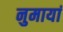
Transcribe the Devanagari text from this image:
नुमायां